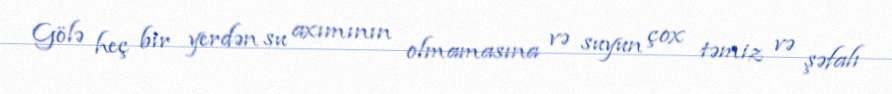
Gölə heç bir yerdən su axımının olmamasına və suyun çox təmiz və şəfalı